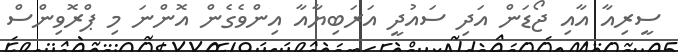
ސީރިއާ އާއި ޖޯޑަން އަދި ސައުދީ އަރަބިޔާއާ އިންވެގެން އޮންނަ މި ޕްރޮވިންސް